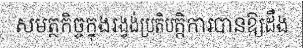
សមត្ថកិច្ចក្នុងរង្វង់ប្រតិបត្តិការបានឱ្យដឹង